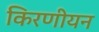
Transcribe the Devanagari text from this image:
किरणीयन